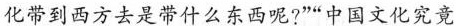
化带到西方去是带什么东西呢？”“中国文化究竟